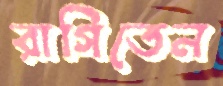
রাগিতেন